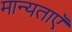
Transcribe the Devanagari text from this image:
मान्‍यताएँ